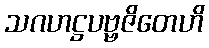
သဂဟဋ္ဌပဗ္ဗဇိတေဟိ